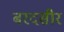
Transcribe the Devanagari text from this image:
बरदसीर